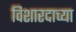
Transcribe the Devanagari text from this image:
विशारदाच्या